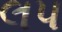
લપ